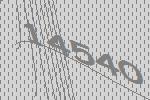
14540